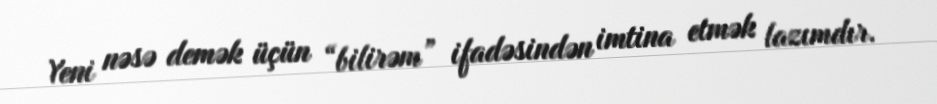
Yeni nəsə demək üçün “bilirəm” ifadəsindən imtina etmək lazımdır.